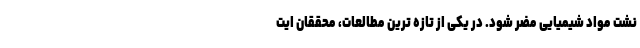
نشت مواد شیمیایی مضر شود. در یکی از تازه ترین مطالعات، محققان ایت